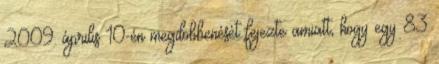
2009. április 10-én megdöbbenését fejezte amiatt, hogy egy 83